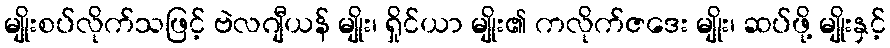
မျိုးစပ်လိုက်သဖြင့် ဗဲလဂျီယန် မျိုး၊ ရှိုင်ယာ မျိုး၏ ကလိုက်ဇဒေး မျိုး၊ ဆပ်ဖို့ မျိုးနှင့်